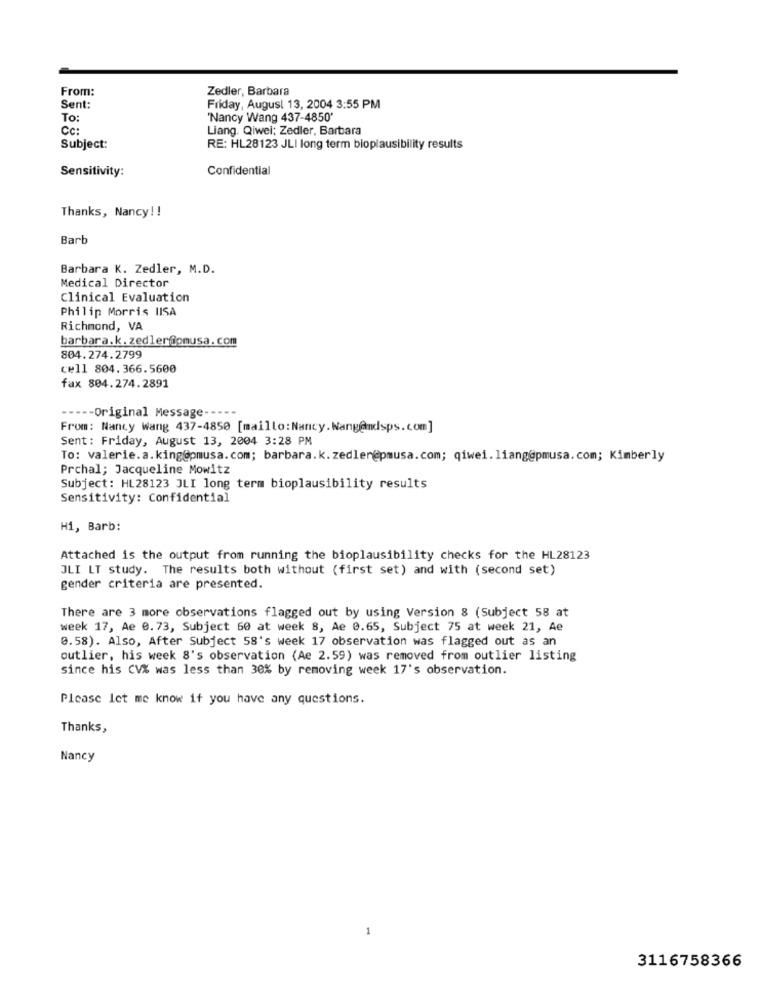
From:
Zedler, Barbara
Sent:
Friday, August 13, 2004 3:55 PM
To:
'Nancy Wang 437-4850'
CC:
Liang. Qiwei; Zedler, Barbara
Subject:
RE: HL28123 JLI long term bioplausibility results
Sensitivity:
Confidential
Thanks, Nancy! !
Barb
Barbara K. Zedler, M.D.
Medical Director
Clinical Evaluation
Philip Morris IISA
Richmond, VA
barbara.k. zedler@omusa.com
804.274.2799
cell 804.366.5600
fax 804.274.2891
---- Original Message-
From: Nancy Wang 437-4850 [maillo : Nancy. Nang@ndsps.com]
Sent: Friday, August 13, 2004 3:28 PM
To: valerie.a.king@pmusa.com; barbara.k. zedler@pmusa.com; qiwei.liang@pmusa.com; Kimberly
Prchal; Jacqueline Mowitz
Subject: HL28123 JLI long term bioplausibility results
Sensitivity: Confidential
Hi, Barb:
Attached is the output from running the bioplausibility checks for the HL28123
JLI LT study. The results both without (first set) and with (second set)
gender criteria are presented.
There are 3 more observations flagged out by using Version 8 (Subject 58 at
week 17, Ae 0.73, Subject 60 at week 8, Ae 0.65, Subject 75 at week 21, Ae
0.58). Also, After Subject 58's week 17 observation was flagged out as an
outlier, his week 8's observation (Ae 2.59) was removed from outlier listing
since his CV% was less than 30% by removing week 17's observation.
Please let me know if you have any questions.
Thanks,
Nancy
3116758366